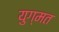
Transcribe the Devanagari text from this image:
युग्मत